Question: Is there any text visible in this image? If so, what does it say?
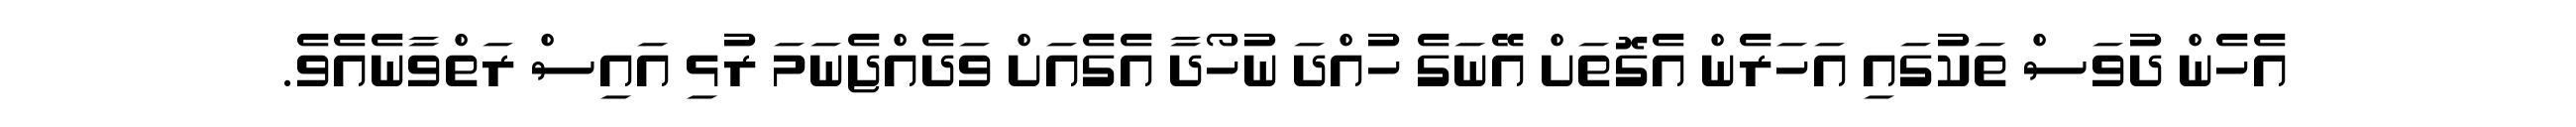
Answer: އެހެން ދުވަސް ތަކުގައި އަހަރެން އެގޮތަށް އޭނަގެ ހުއްދަ ނުހޯދާ އެގެއަށް ވަދެއްޖެނަމަ ރުޅި އައިސް ރަތްވާނެއެވެ.